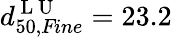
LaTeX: d_{50,\textit{Fine}}^{\mathrm{~L~U~}}=23.2